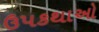
ઉપકથાઓ